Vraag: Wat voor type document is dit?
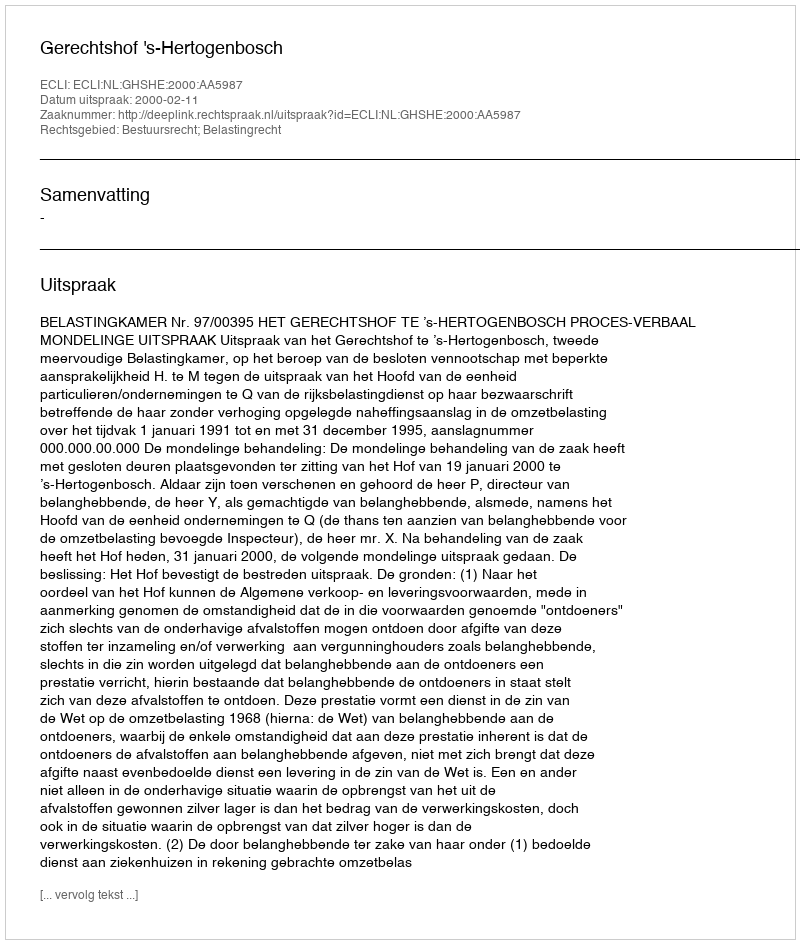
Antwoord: Uitspraak